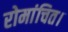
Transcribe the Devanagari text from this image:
रोमांचित।